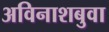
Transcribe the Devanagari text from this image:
अविनाशबुवा